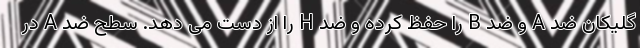
گلیکان ضد A و ضد B را حفظ کرده و ضد H را از دست می دهد. سطح ضد A در